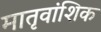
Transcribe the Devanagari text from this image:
मातृवांशिक